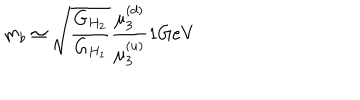
LaTeX: m _ { b } \simeq { \sqrt { \frac { G _ { H _ { 2 } } } { G _ { H _ { 1 } } } } } { \frac { \mu _ { 3 } ^ { ( d ) } } { \mu _ { 3 } ^ { ( u ) } } } { 1 } \mathrm { G e V }